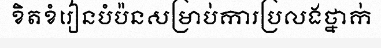
ខិតខំរៀនបំប៉នសម្រាប់ការប្រលងថ្នាក់